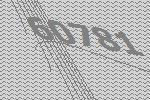
60781